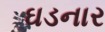
ઘડનાર